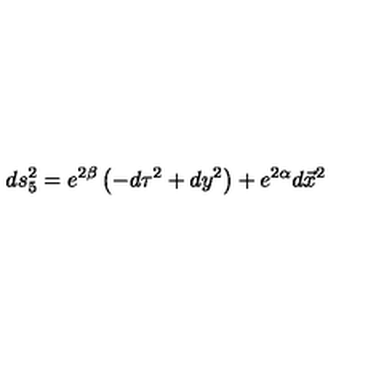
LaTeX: d s _ { 5 } ^ { 2 } = e ^ { 2 \beta } \left( - d \tau ^ { 2 } + d y ^ { 2 } \right) + e ^ { 2 \alpha } d \vec { x } ^ { 2 }